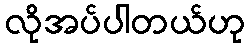
လိုအပ်ပါတယ်ဟု